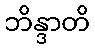
ဘိန္ဒာတိ